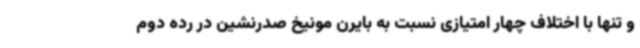
و تنها با اختلاف چهار امتیازی نسبت به بایرن مونیخ صدرنشین در رده دوم